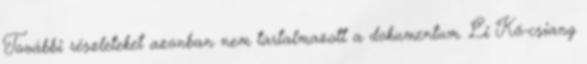
További részleteket azonban nem tartalmazott a dokumentum. Li Kö-csiang